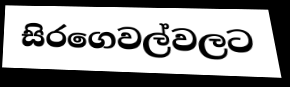
සිරගෙවල්වලට